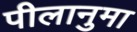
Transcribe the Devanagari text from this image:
पीलानुमा